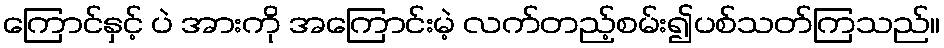
ကြောင်နှင့် ပဲ အားကို အကြောင်းမဲ့ လက်တည့်စမ်း၍ပစ်သတ်ကြသည်။